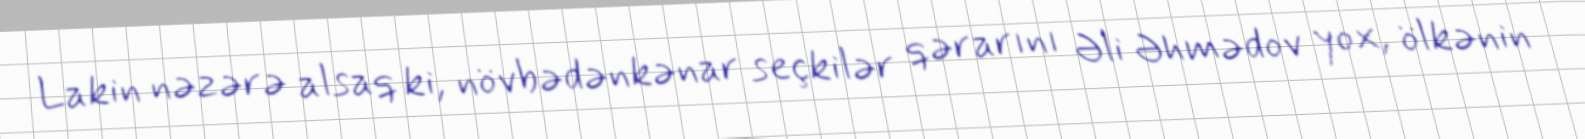
Lakin nəzərə alsaq ki, növbədənkənar seçkilər qərarını Əli Əhmədov yox, ölkənin